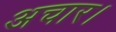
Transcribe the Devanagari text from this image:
अचार।